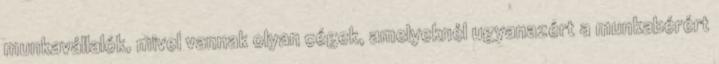
munkavállalók, mivel vannak olyan cégek, amelyeknél ugyanazért a munkabérért